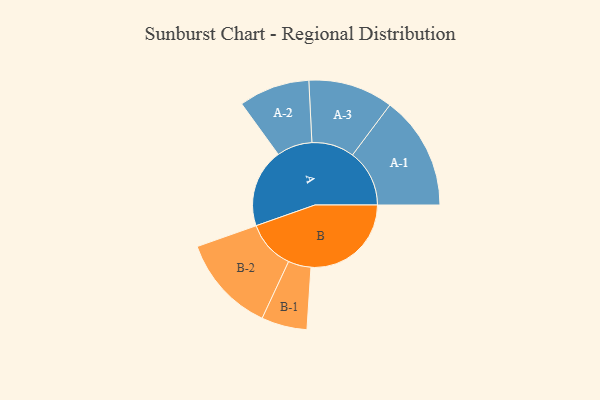
{"axis": {"x": "Segment", "y": "Value"}, "legend": ["", "A", "B"], "data": [{"x": "A", "y": 348, "type": ""}, {"x": "B", "y": 444, "type": ""}, {"x": "A-1", "y": 252, "type": "A"}, {"x": "A-2", "y": 157, "type": "A"}, {"x": "A-3", "y": 188, "type": "A"}, {"x": "B-1", "y": 101, "type": "B"}, {"x": "B-2", "y": 216, "type": "B"}]}